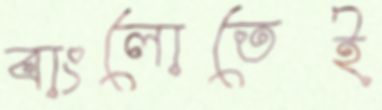
বাংলোতেই